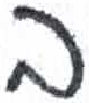
אות: ב